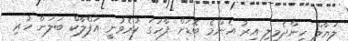
ލަޔާލް ހިންދެމިލި އިރު އެންމެ ބޮޑަށް ފާހަގަ ކުރެވުނީ އަފްލާކް ބަލަން ހުރި